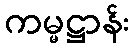
ကမ္မဋ္ဌာန်း